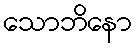
သောဘိနော